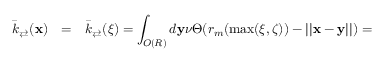
\begin{array} { r l l } { \bar { k } _ { \rightleftarrows } ( \mathbf x ) } & { = } & { \bar { k } _ { \rightleftarrows } ( \xi ) = \displaystyle \int _ { O ( R ) } d \mathbf y \nu \Theta ( r _ { m } ( \operatorname* { m a x } ( \xi , \zeta ) ) - | | \mathbf x - \mathbf y | | ) = \medskip } \end{array}